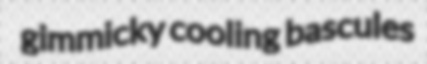
gimmicky cooling bascules